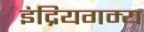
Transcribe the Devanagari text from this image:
इंद्रियगम्य